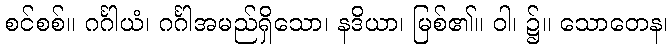
စင်စစ်။ ဂင်္ဂါယံ၊ ဂင်္ဂါအမည်ရှိသော၊ နဒိယာ၊ မြစ်၏။ ဝါ၊ ၌။ သောတေန၊